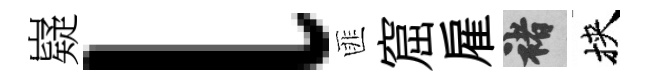
嶷l匪窟雇褚挾